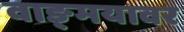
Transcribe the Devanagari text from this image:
वाङ्‌मयावर